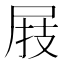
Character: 𰍸